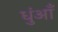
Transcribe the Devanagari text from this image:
धुंआँ